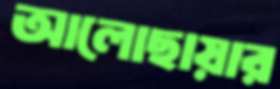
আলোছায়ার